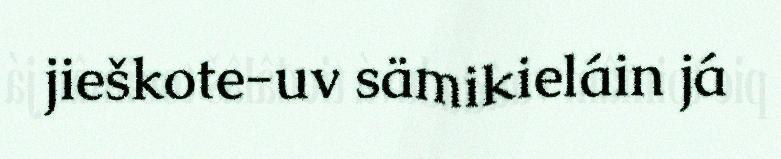
jieškote-uv sämikieláin já